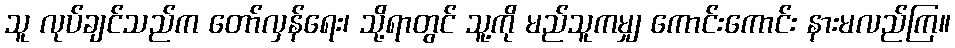
သူ လုပ်ချင်သည်က တော်လှန်ရေး၊ သို့ရာတွင် သူ့ကို မည်သူကမျှ ကောင်းကောင်း နားမလည်ကြ။